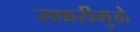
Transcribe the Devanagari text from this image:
सफरीमुळे